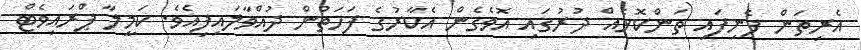
އެރިތަން ފެނިފައި ތަންކޮޅެއް ދުރުގައި އޮވެގެން އެކާރުގެ ފަހަތުން ދުއްވާލައިފިއެވެ. ކަމީލާ ޕްރައިވެޓް